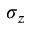
\sigma _ { z }